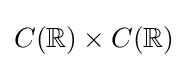
C(\mathbb {R} )\times C(\mathbb {R} )